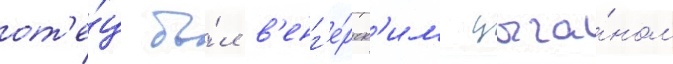
от'е́ц бы́л в'енг'е́рск'им цыга́ном